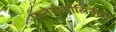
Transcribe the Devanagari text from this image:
एन्तेरोकोलितीस